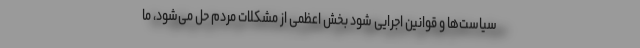
سیاست‌ها و قوانین اجرایی شود بخش اعظمی از مشکلات مردم حل می‌شود، ما